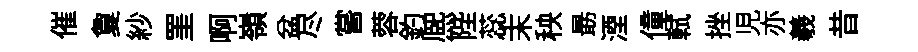
催夐紗罣啊嶺盆尽嘗蓉釣熈陛蕊末秧朂湮僮軾挫児亦羲昔